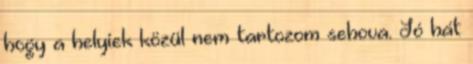
hogy a helyiek közül nem tartozom sehova. Jó hát